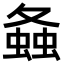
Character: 𧍸